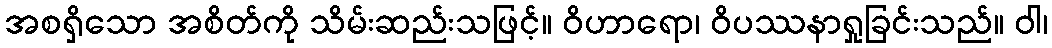
အစရှိသော အစိတ်ကို သိမ်းဆည်းသဖြင့်။ ဝိဟာရော၊ ဝိပဿနာရှုခြင်းသည်။ ဝါ၊